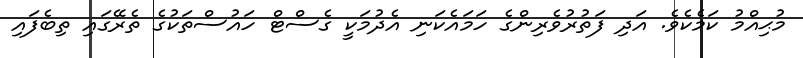
މުޙިއްމު ކަމެކެވެ. އަދި ފަތުރުވެރިންގެ ހަމައެކަނި އެދުމަކީ ގެސްޓް ހައުސްތަކުގެ ތެރޭގައި ތިބެފައި